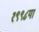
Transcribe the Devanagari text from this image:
१९९८या